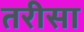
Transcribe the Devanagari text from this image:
तरीसा